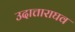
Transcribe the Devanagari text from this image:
उदात्ताराघव